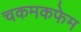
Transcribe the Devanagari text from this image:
चकमकफेम